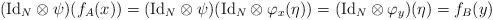
\begin{align*}(\mathrm{Id}_N\otimes\psi)(f_A(x)) =(\mathrm{Id}_N\otimes\psi)(\mathrm{Id}_N\otimes\varphi_x(\eta)) =(\mathrm{Id}_N\otimes\varphi_y)(\eta) = f_B(y)\end{align*}